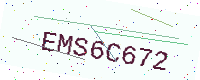
Text: EMS6C672